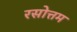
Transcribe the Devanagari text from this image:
रसोत्तम